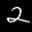
Label: 2